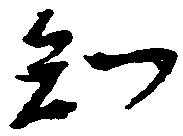
知